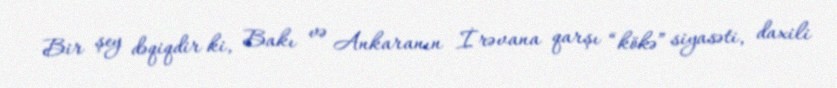
Bir şey dəqiqdir ki, Bakı və Ankaranın İrəvana qarşı “kökə” siyasəti, daxili